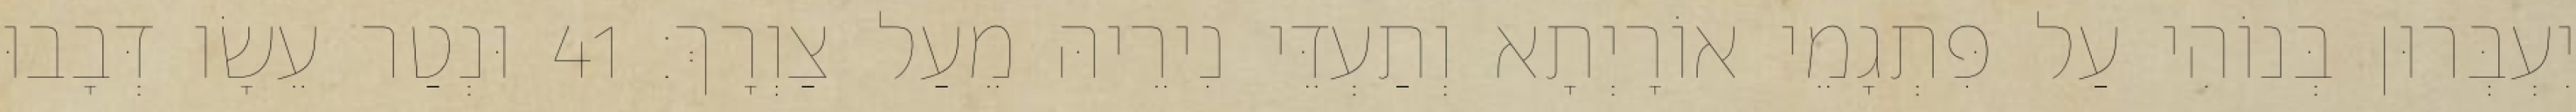
יִעְבְּרוּן בְּנוֹהִי עַל פִּתְגָמֵי אוֹרָיְתָא וְתַעְדֵּי נִירֵיהּ מֵעַל צַוְרָךְ׃ 41 וּנְטַר עֵשָׂו דְּבָבוּ